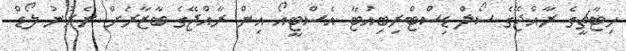
ހިޓާޗީގެ ރާއްޖޭގެ ސޯލް ޑިސްޓްރިބިއުޓާ އެސްޓީއޯ އިން ރާއްޖޭގެ ބާޒާރަށް ނެރުނު ލޯޑް